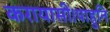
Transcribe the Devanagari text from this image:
करायासी।पाहुनि